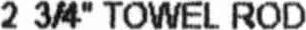
2 3/4" TOWEL ROD